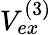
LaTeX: V_{ex}^{(3)}